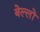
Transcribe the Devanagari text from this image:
बेल्लों